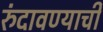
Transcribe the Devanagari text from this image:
रुंदावण्याची